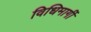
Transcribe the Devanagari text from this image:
विधिमार्गी